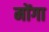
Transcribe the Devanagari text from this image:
मोंगा